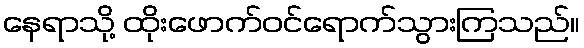
နေရာသို့ ထိုးဖောက်ဝင်ရောက်သွားကြသည်။